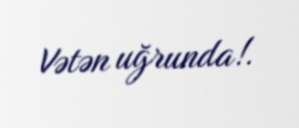
Vətən uğrunda!.